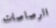
الرصاصات